Report on the working of the mental hospitals for Indians in Bihar and Orissa - 1925-1929
Year: 1925
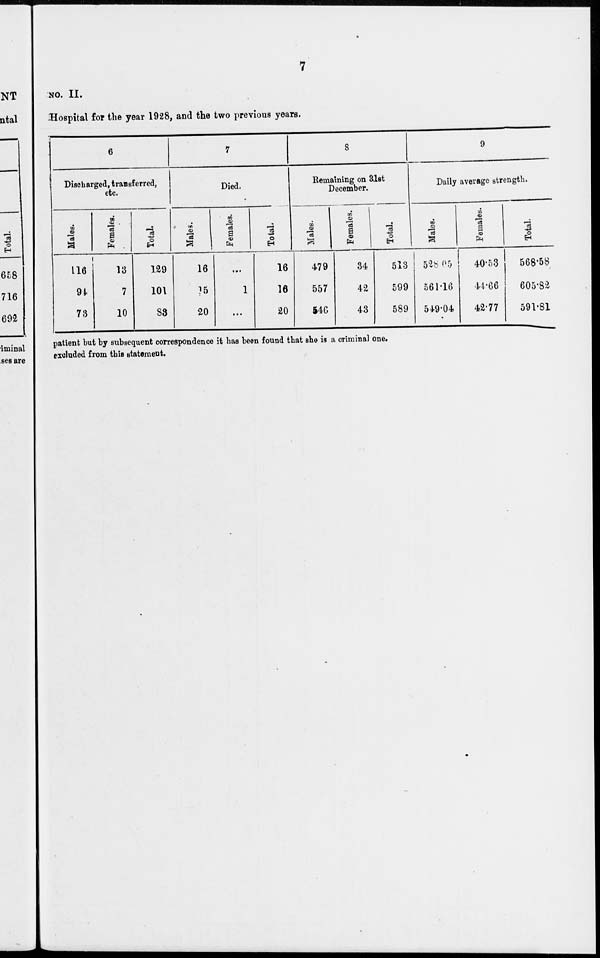
7
NO. II.
Hospital for the year 1928, and the two previous years.
6
Discharged, transferred,
etc.
Males.
116
94
73
Females.
13
7
10
Total.
129
101
83
7
Died.
Males.
16
15
20
Females.
...
1
...
Total.
16
16
20
8
Remaining on 31st
December.
Males.
479
557
546
Females.
34
42
43
Total.
513
599
589
9
Daily average strength.
Males.
528.05
561.16
549.04
Females.
40.53
44.66
42.77
Total.
568.58
605.82
591.81
patient but by subsequent correspondence it has been found that she is a criminal one.
excluded from this statement.